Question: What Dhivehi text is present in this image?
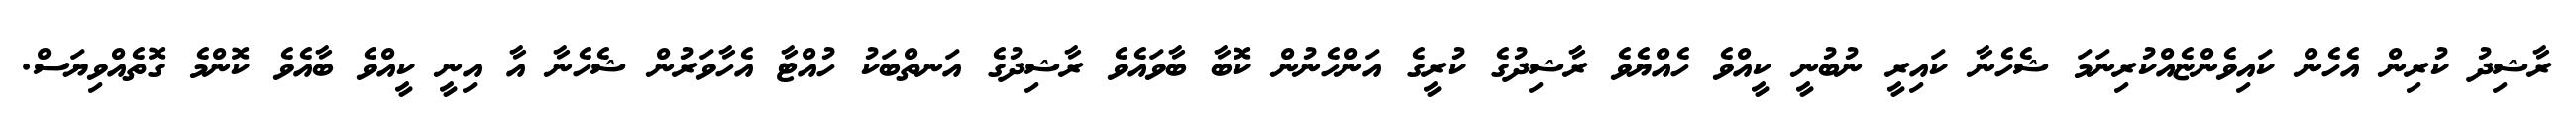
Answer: ރާޝިދު ކުރިން އެހެން ކައިވެންޏެއްކުރިނަމަ ޝެހެނާ ކައިރީ ނުބުނީ ކީއްވެ ހެއްޔެވެ ރާޝިދުގެ ކުރީގެ އަންހެނުން ކޮބާ ބާވައެވެ ރާޝިދުގެ އަނތްބަކު ހުއްޓާ އެހާވަރުން ޝެހެނާ އާ އިނީ ކީއްވެ ބާއެވެ ކޮންމެ ގޮތެއްވިޔަސް.